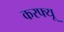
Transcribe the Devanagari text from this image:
करफ्यू